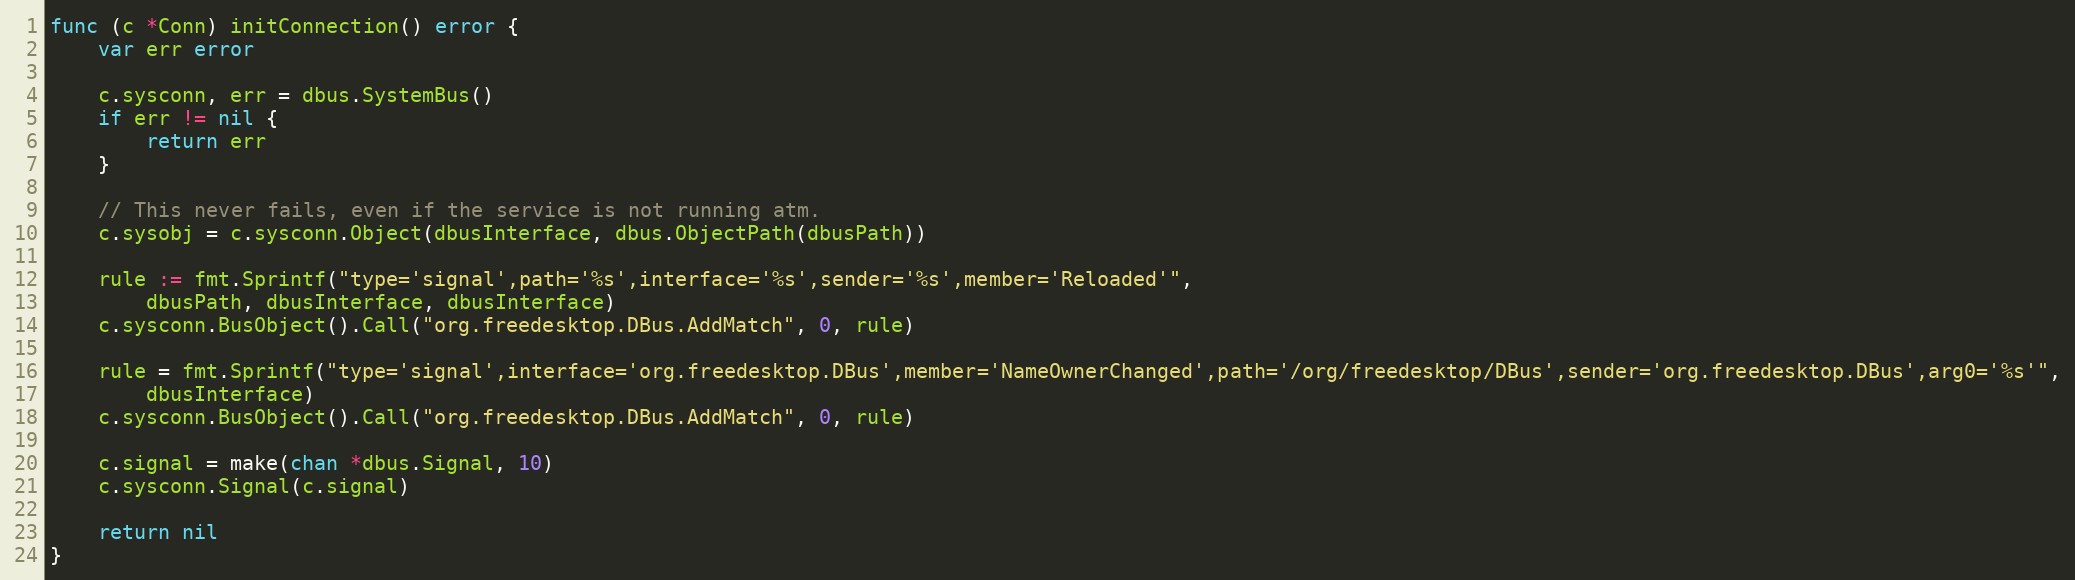
Language: Go
func (c *Conn) initConnection() error {
	var err error

	c.sysconn, err = dbus.SystemBus()
	if err != nil {
		return err
	}

	// This never fails, even if the service is not running atm.
	c.sysobj = c.sysconn.Object(dbusInterface, dbus.ObjectPath(dbusPath))

	rule := fmt.Sprintf("type='signal',path='%s',interface='%s',sender='%s',member='Reloaded'",
		dbusPath, dbusInterface, dbusInterface)
	c.sysconn.BusObject().Call("org.freedesktop.DBus.AddMatch", 0, rule)

	rule = fmt.Sprintf("type='signal',interface='org.freedesktop.DBus',member='NameOwnerChanged',path='/org/freedesktop/DBus',sender='org.freedesktop.DBus',arg0='%s'",
		dbusInterface)
	c.sysconn.BusObject().Call("org.freedesktop.DBus.AddMatch", 0, rule)

	c.signal = make(chan *dbus.Signal, 10)
	c.sysconn.Signal(c.signal)

	return nil
}